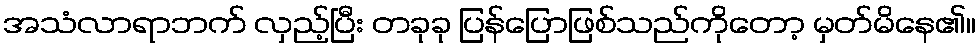
အသံလာရာဘက် လှည့်ပြီး တခုခု ပြန်ပြောဖြစ်သည်ကိုတော့ မှတ်မိနေ၏။